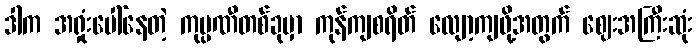
ဒါက အရှုံးပေါ်နေတဲ့ ကုမ္ပဏီတစ်ခုမှာ ကုန်ကျစရိတ် လျော့ကျဖို့အတွက် ဈေးအကြီးဆုံး